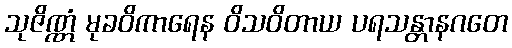
သုဇိဏ္ဏံ မုခဝိကာရေန ဝိသဝိတာယ ပရသန္တာနဂတေ